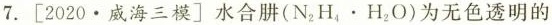
7.[ 2020 \bullet威海三模〕水合肼(N_{2}H_{4} \bullet H_{2}O)为无色透明的